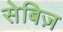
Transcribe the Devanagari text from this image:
सेबिज़